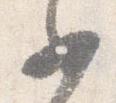
如